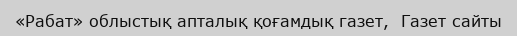
«Рабат» облыстық апталық қоғамдық газет,  Газет сайты